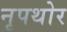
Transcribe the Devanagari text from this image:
नृपथोर